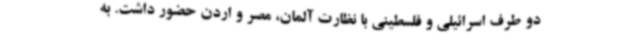
دو طرف اسرائیلی و فلسطینی با نظارت آلمان، مصر و اردن حضور داشت. به